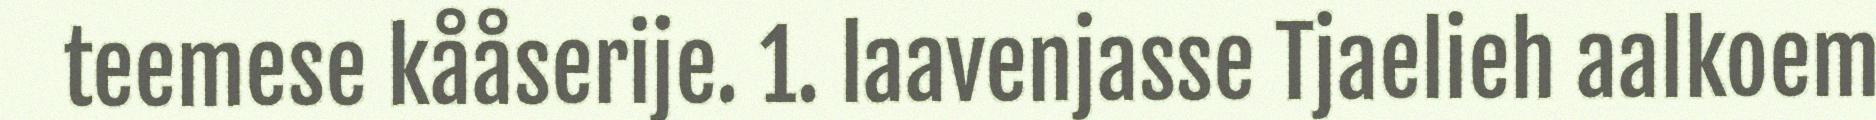
teemese kååserije. 1. laavenjasse Tjaelieh aalkoem